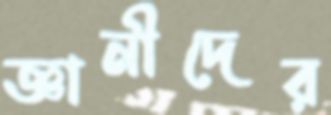
জ্ঞানীদের